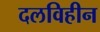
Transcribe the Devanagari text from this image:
दलविहीन